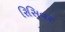
રિસિવર